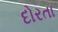
દોરતા